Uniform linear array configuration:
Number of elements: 4
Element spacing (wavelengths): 1
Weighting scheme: kaiser
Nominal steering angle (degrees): -45
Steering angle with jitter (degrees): -44.053
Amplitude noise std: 0.05
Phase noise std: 0.05

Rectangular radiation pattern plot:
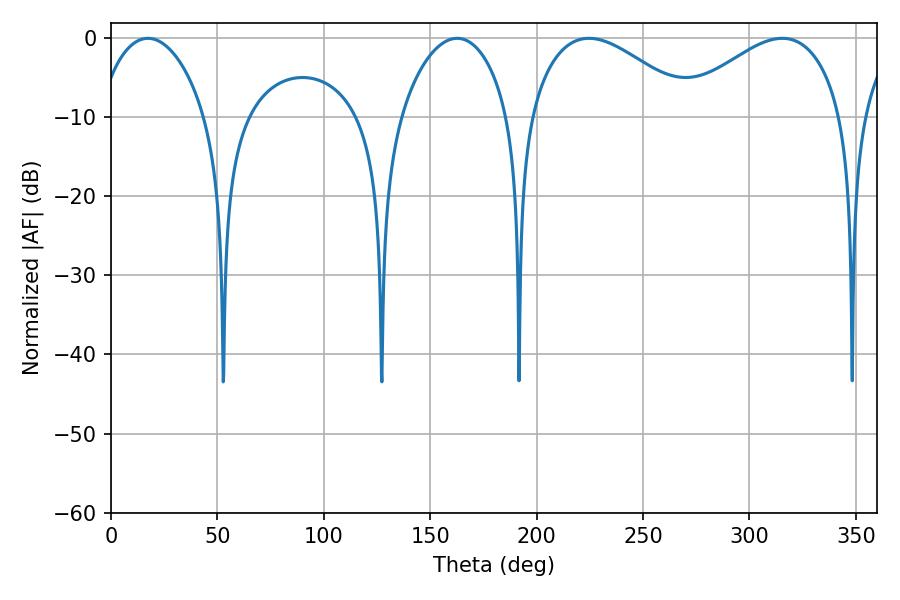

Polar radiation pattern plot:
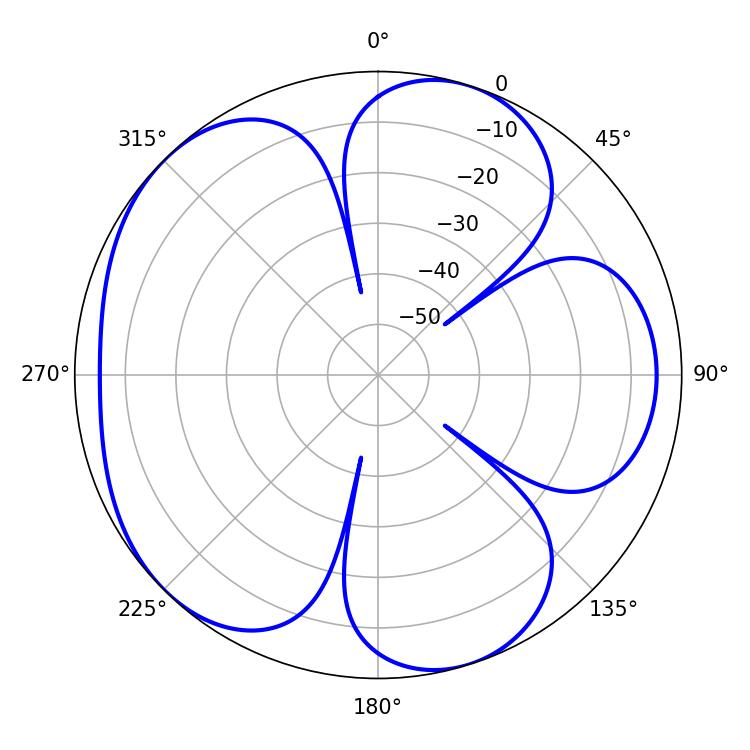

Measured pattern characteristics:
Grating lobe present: TRUE
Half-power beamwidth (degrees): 42.3
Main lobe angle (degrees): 224.64